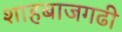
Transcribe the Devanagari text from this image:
शाहबाजगढी